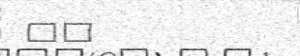
٣٤